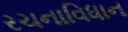
રચનાવિધાન